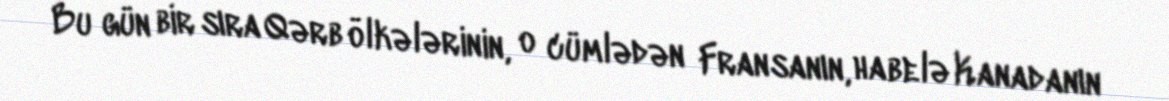
Bu gün bir sıra Qərb ölkələrinin, o cümlədən Fransanın, habelə Kanadanın